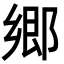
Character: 郷